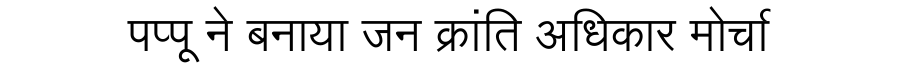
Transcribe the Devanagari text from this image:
पप्पू ने बनाया जन क्रांति अधिकार मोर्चा